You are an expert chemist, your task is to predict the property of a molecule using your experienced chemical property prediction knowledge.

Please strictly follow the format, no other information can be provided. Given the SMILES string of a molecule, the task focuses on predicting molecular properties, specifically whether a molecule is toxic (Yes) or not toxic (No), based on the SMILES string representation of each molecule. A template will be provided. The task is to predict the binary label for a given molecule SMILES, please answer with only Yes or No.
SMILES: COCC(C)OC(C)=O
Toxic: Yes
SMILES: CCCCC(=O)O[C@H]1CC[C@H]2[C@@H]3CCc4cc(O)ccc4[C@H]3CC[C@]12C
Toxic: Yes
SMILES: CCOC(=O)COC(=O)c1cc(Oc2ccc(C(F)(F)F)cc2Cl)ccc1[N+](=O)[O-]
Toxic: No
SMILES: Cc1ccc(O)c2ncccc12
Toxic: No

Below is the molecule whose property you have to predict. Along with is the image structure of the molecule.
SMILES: CCOC(=O)C1OC1(C)c1ccccc1
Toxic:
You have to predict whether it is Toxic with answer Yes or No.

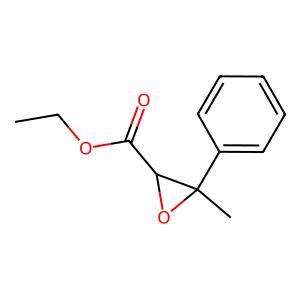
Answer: No